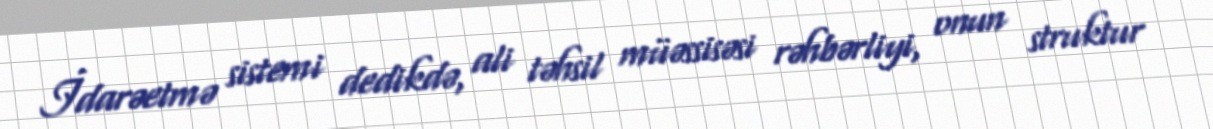
İdarəetmə sistemi dedikdə, ali təhsil müəssisəsi rəhbərliyi, onun struktur